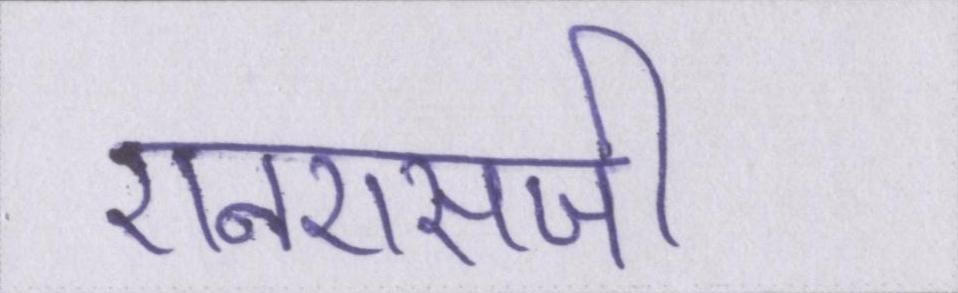
एनएसजी